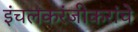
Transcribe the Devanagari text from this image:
इंचलकरंजीकरांचे